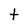
Character: t